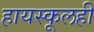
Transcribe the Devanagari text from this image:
हायस्कूलही